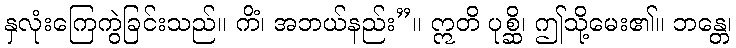
နှလုံးကြေကွဲခြင်းသည်။ ကိံ၊ အဘယ်နည်း”။ ဣတိ ပုစ္ဆိ၊ ဤသို့မေး၏။ ဘန္တေ၊